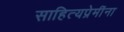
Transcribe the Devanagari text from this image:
साहित्यप्रेमींना